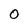
Character: O